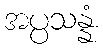
အပ္ပသန္နံ